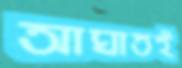
আঘাতই